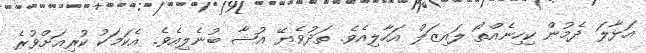
އަޅާލަ ދެމުން ކިހިނެއްތޯ ލައިޒަލް އަހާލިއެވެ. ތަދުވެޔޭ އުޝާ ބުނެލިއެވެ. އެކަމަކު ކުރިއަށްވުރެ